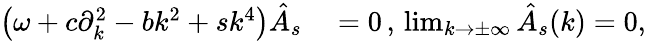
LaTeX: \begin{array}{rl}{\left(\omega+c\partial_{k}^{2}-bk^{2}+sk^{4}\right)\hat{A}_{s}}&{{}=0\, ,\, \operatorname*{lim}_{k\rightarrow\pm\infty}\hat{A}_{s}(k)=0,}\end{array}